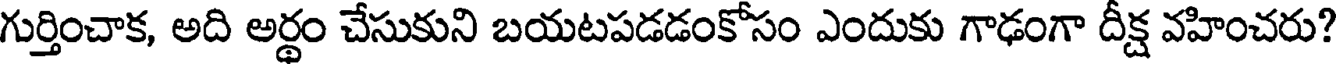
గుర్తించాక, అది అర్థం చేసుకుని బయటపడడంకోసం ఎందుకు గాఢంగా దీక్ష వహించరు?